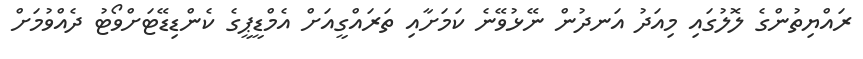
ރައްޔިތުންގެ ލޮލުގައި މިއަދު އަނދުން ނޭޅުވޭނެ ކަމަށާއި ތަރައްގީއަށް އެމްޑީޕީގެ ކެންޑިޑޭޓަށްވޯޓު ދެއްވުމަށް